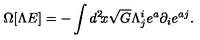
\Omega [ \Lambda E ] = - \int d ^ { 2 } \! x \sqrt { G } \Lambda _ { j } ^ { i } e ^ { a } \partial _ { i } e ^ { a j } .